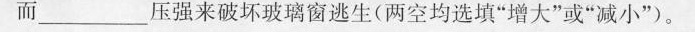
而_____压强来破坏玻璃窗逃生(两空均选填”增大”或”减小”)。